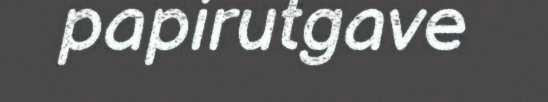
papirutgave